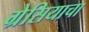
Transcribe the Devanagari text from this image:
ग्रेसियाचा